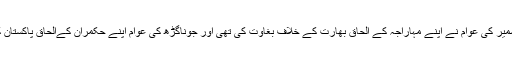
فرق صرف اتنا ہے کہ کشمیر کی عوام نے اپنے مہاراجہ کے الحاق بھارت کے خلاف بغاوت کی تھی اور جوناگڑھ کی عوام اپنے حکمران کےالحاق پاکستان کے فیصلے کو سراہا تھا ۔